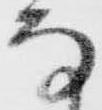
な